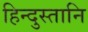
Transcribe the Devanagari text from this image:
हिन्दुस्तानि